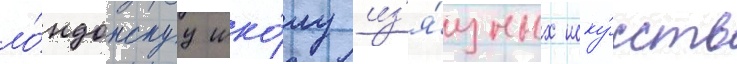
ло́ндонскуу шко́лу из'я́щных иску́сств